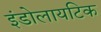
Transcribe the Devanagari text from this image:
इंडोलायटिक